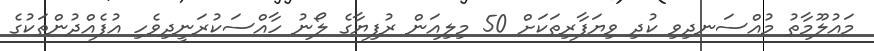
މައުލޫމާތު މުއްސަނދިވި ކުދި ވިޔަފާރިތަކަށް 50 މިލިއަން ރުފިޔާގެ ލޯނު ހާއްސަކުރަނީދިވެހި އުފެއްދުންތަކުގެ